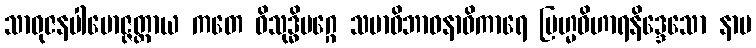
သာဓုဇနပါမောဇ္ဇတ္ထာယ ကတေ ဝိသုဒ္ဓိမဂ္ဂေ သမာဓိဘာဝနာဓိကာရေ ဗြဟ္မဝိဟာရနိဒ္ဒေသော နာမ